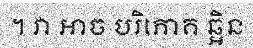
។ វា អាច បរិភោគ ឆ្អិន